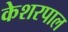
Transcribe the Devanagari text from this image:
केशरपाल